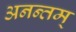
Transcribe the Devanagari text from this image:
अनन्तम्